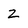
Character: z